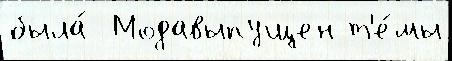
была́  Модавыпущен т'е́мы